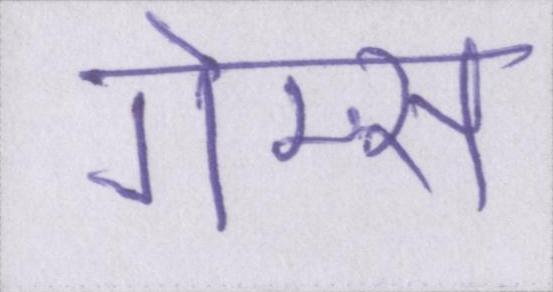
गेम्स